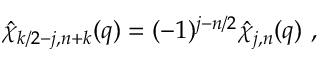
\hat { \chi } _ { k / 2 - j , n + k } ( q ) = ( - 1 ) ^ { j - n / 2 } \hat { \chi } _ { j , n } ( q ) ~ ,